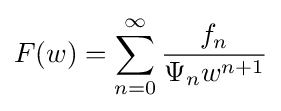
F(w)=\sum _{n=0}^{\infty }{\frac {f_{n}}{\Psi _{n}w^{n+1}}}